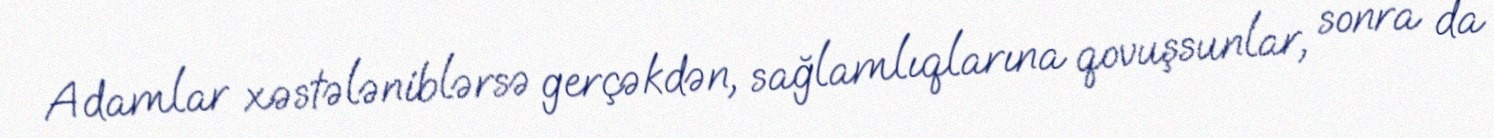
Adamlar xəstələniblərsə gerçəkdən, sağlamlıqlarına qovuşsunlar, sonra da